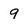
Character: 9